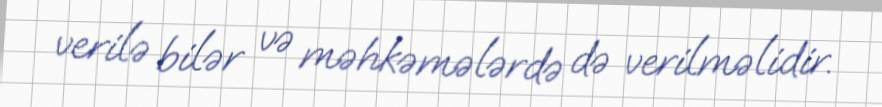
verilə bilər və məhkəmələrdə də verilməlidir.